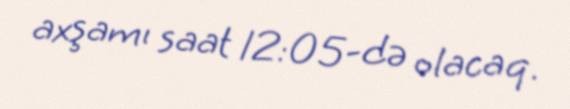
axşamı saat 12:05-də olacaq.